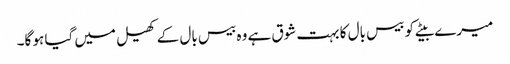
میرے بیٹے کو بیس بال کا بہت شوق ہے وہ بیس بال کے کھیل میں گیا ہو گا۔